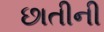
છાતીની